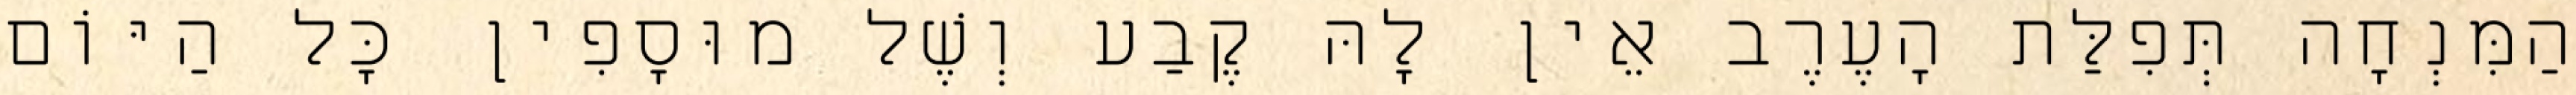
הַמִּנְחָה תְּפִלַּת הָעֶרֶב אֵין לָהּ קֶבַע וְשֶׁל מוּסָפִין כָּל הַיּוֹם